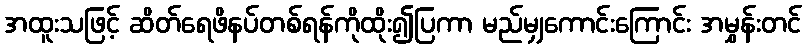
အထူးသဖြင့် ဆိတ်ရေဖိနပ်တစ်ရန်ကိုထိုး၍ပြကာ မည်မျှကောင်းကြောင်း အမွှန်းတင်